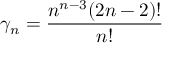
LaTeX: \gamma _ { n } = \frac { n ^ { n - 3 } ( 2 n - 2 ) ! } { n ! }